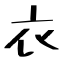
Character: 衣